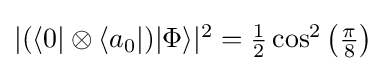
{\textstyle |(\langle 0|\otimes \langle a_{0}|)|\Phi \rangle |^{2}={\frac {1}{2}}\cos ^{2}\left({\frac {\pi }{8}}\right)}